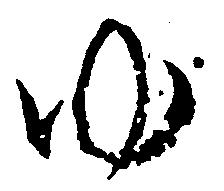
ゆ